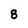
Character: 8